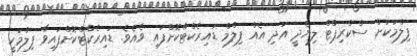
ފިލްމަކަށް ސްކްރިޕްޓް ލިޔެދީ އަދި އެއް ފިލްމް ޑައިރެކްޓްކޮށްފައި ވެއެވެ. ޑައިރެކްޓްކޮށްފައިވާ ފިލްމަކީ